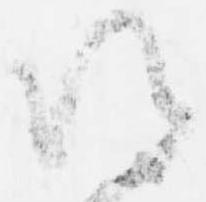
期